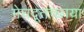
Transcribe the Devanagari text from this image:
मेघदूतच्छाया